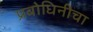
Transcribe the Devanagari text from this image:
प्रबोधिनीचा